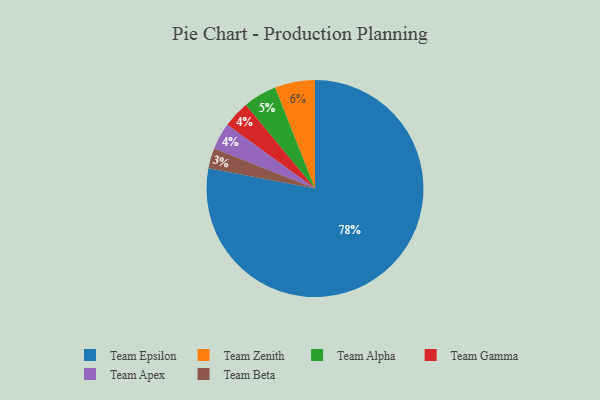
{"axis": {"x": "Category", "y": "Percentage"}, "legend": ["Team Alpha", "Team Apex", "Team Beta", "Team Epsilon", "Team Gamma", "Team Zenith"], "data": [{"x": "Team Zenith", "y": 6, "type": "Team Zenith"}, {"x": "Team Alpha", "y": 5, "type": "Team Alpha"}, {"x": "Team Beta", "y": 3, "type": "Team Beta"}, {"x": "Team Gamma", "y": 4, "type": "Team Gamma"}, {"x": "Team Apex", "y": 4, "type": "Team Apex"}, {"x": "Team Epsilon", "y": 78, "type": "Team Epsilon"}]}